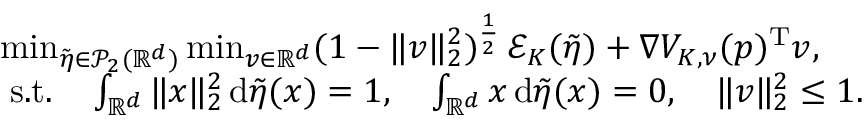
\begin{array} { r l } & { \operatorname* { m i n } _ { \tilde { \eta } \in \mathcal { P } _ { 2 } ( \mathbb { R } ^ { d } ) } \operatorname* { m i n } _ { v \in \mathbb { R } ^ { d } } ( 1 - \| v \| _ { 2 } ^ { 2 } ) ^ { \frac { 1 } { 2 } } \, \mathcal E _ { K } ( \tilde { \eta } ) + \nabla V _ { K , \nu } ( p ) ^ { \mathrm { T } } v , } \\ & { \; \mathrm { s . t . } \quad \int _ { \mathbb { R } ^ { d } } \| x \| _ { 2 } ^ { 2 } \, \mathrm { d } \tilde { \eta } ( x ) = 1 , \quad \int _ { \mathbb { R } ^ { d } } x \, \mathrm { d } \tilde { \eta } ( x ) = 0 , \quad \| v \| _ { 2 } ^ { 2 } \le 1 . } \end{array}